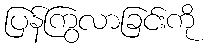
ပြန်ကြွလာခြင်းကို